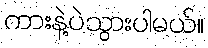
ကားနဲ့ပဲသွားပါမယ်။